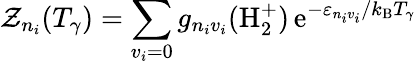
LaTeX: \mathcal{Z}_{n_{i}}(T_{\gamma})=\sum_{v_{i}=0}g_{n_{i}v_{i}}(\mathrm{H}_{2}^{+})\, \mathrm{e}^{-\varepsilon_{n_{i}v_{i}}/k_{\mathrm{B}}T_{\gamma}}